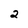
Character: 2